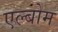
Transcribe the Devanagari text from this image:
एल्बोम